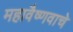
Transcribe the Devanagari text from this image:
महावैष्णवाचे